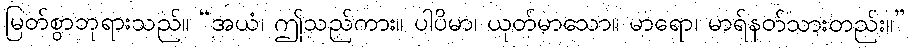
မြတ်စွာဘုရားသည်။ “အယံ၊ ဤသည်ကား။ ပါပိမာ၊ ယုတ်မာသော။ မာရော၊ မာရ်နတ်သားတည်း။”